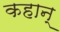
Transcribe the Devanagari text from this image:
कहान्